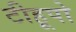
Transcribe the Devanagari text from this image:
टीहूपो